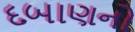
દબાણનો